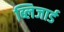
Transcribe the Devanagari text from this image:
ब्लिजार्ड